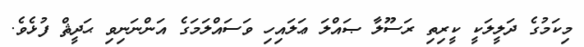
މިކަމުގެ ދަލީލަކީ ކީރިތި ރަސޫލާ ޞައްލަ ޢަލައިހި ވަސައްލަމަގެ އަންނަނިވި ޙަދީޘް ފުޅެވެ.